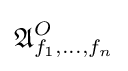
{\mathfrak {A}}_{f_{1},\dots ,f_{n}}^{O}